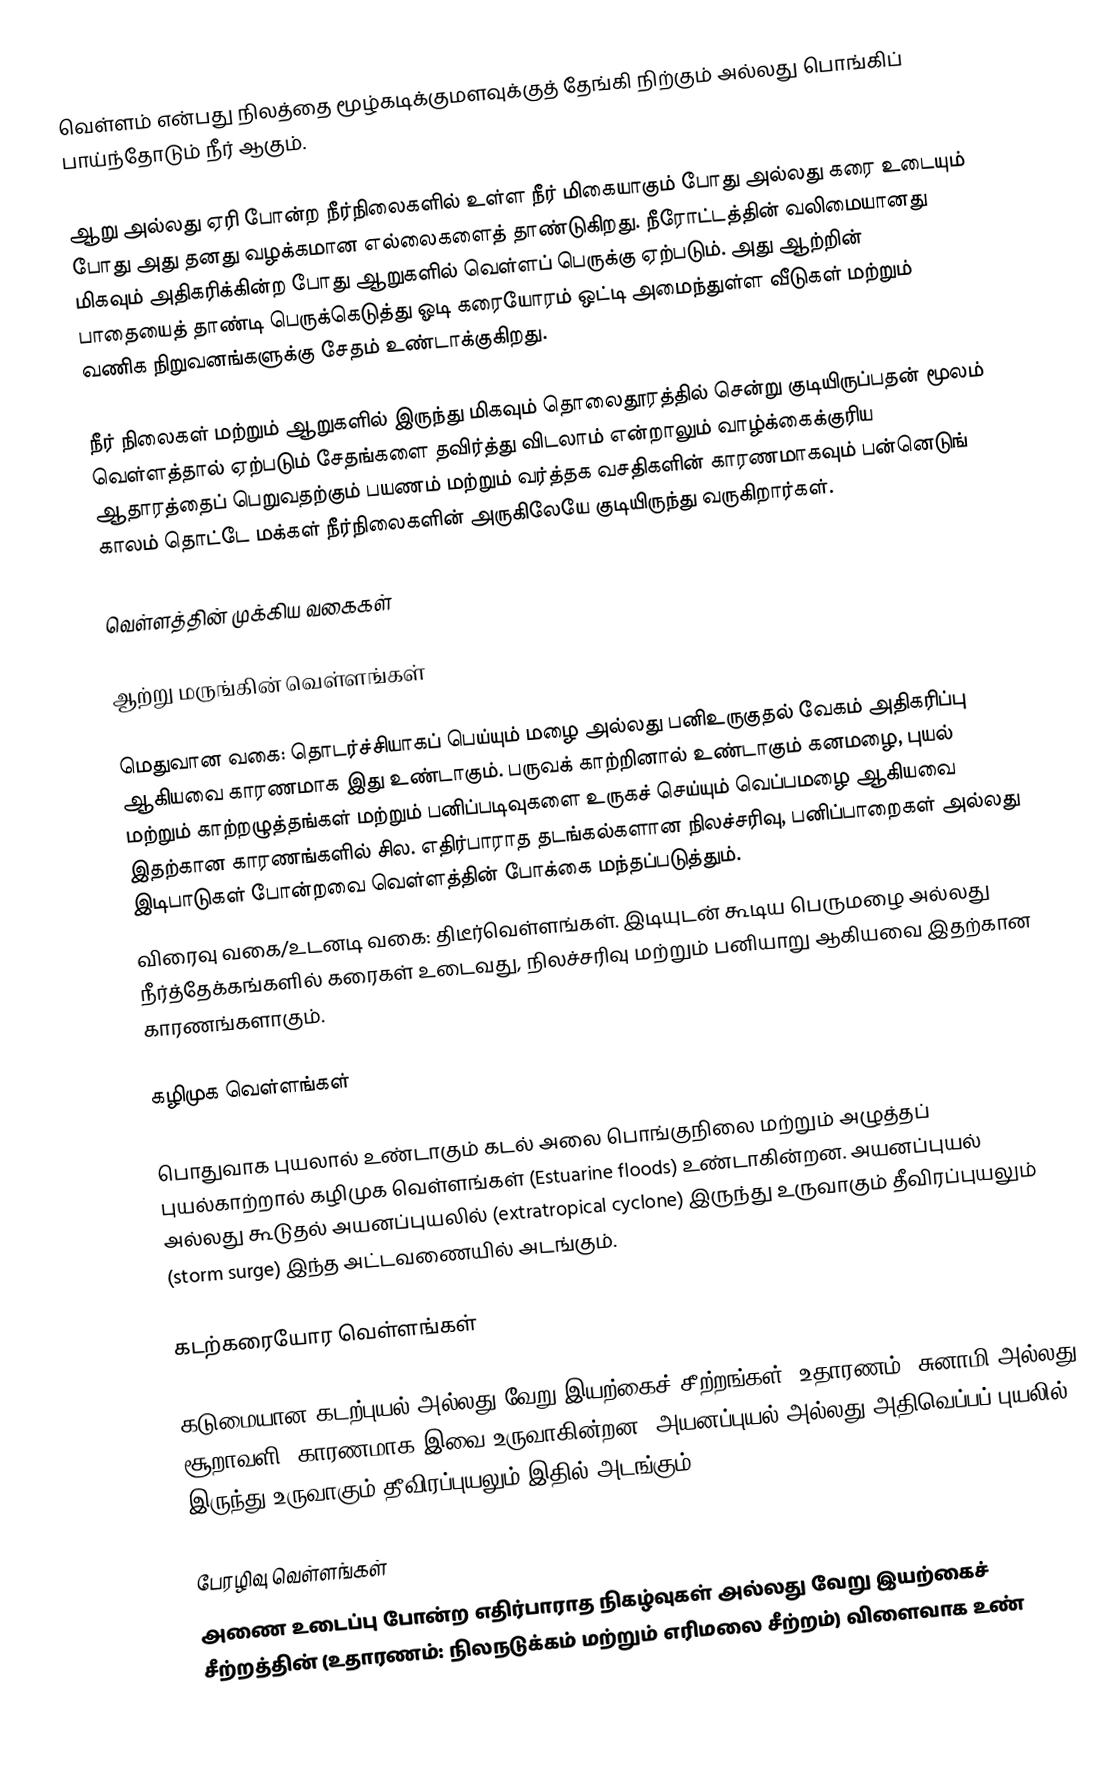
வெள்ளம் என்பது நிலத்தை மூழ்கடிக்குமளவுக்குத் தேங்கி நிற்கும் அல்லது பொங்கிப் பாய்ந்தோடும் நீர் ஆகும்.

ஆறு அல்லது ஏரி போன்ற நீர்நிலைகளில் உள்ள நீர் மிகையாகும் போது அல்லது கரை உடையும் போது அது தனது வழக்கமான எல்லைகளைத் தாண்டுகிறது. நீரோட்டத்தின் வலிமையானது மிகவும் அதிகரிக்கின்ற போது ஆறுகளில் வெள்ளப் பெருக்கு ஏற்படும். அது ஆற்றின் பாதையைத் தாண்டி பெருக்கெடுத்து ஓடி கரையோரம் ஒட்டி அமைந்துள்ள வீடுகள் மற்றும் வணிக நிறுவனங்களுக்கு சேதம் உண்டாக்குகிறது.

நீர் நிலைகள் மற்றும் ஆறுகளில் இருந்து மிகவும் தொலைதூரத்தில் சென்று குடியிருப்பதன் மூலம் வெள்ளத்தால் ஏற்படும் சேதங்களை தவிர்த்து விடலாம் என்றாலும் வாழ்க்கைக்குரிய ஆதாரத்தைப் பெறுவதற்கும் பயணம் மற்றும் வர்த்தக வசதிகளின் காரணமாகவும் பன்னெடுங் காலம் தொட்டே மக்கள் நீர்நிலைகளின் அருகிலேயே குடியிருந்து வருகிறார்கள்.

வெள்ளத்தின் முக்கிய வகைகள்

ஆற்று மருங்கின் வெள்ளங்கள்

 மெதுவான வகை: தொடர்ச்சியாகப் பெய்யும் மழை அல்லது பனிஉருகுதல் வேகம் அதிகரிப்பு ஆகியவை காரணமாக இது உண்டாகும். பருவக் காற்றினால் உண்டாகும் கனமழை, புயல் மற்றும் காற்றழுத்தங்கள் மற்றும் பனிப்படிவுகளை உருகச் செய்யும் வெப்பமழை ஆகியவை இதற்கான காரணங்களில் சில. எதிர்பாராத தடங்கல்களான நிலச்சரிவு, பனிப்பாறைகள் அல்லது இடிபாடுகள் போன்றவை வெள்ளத்தின் போக்கை மந்தப்படுத்தும்.
 விரைவு வகை/உடனடி வகை: திடீர்வெள்ளங்கள். இடியுடன் கூடிய பெருமழை அல்லது நீர்த்தேக்கங்களில் கரைகள் உடைவது, நிலச்சரிவு மற்றும் பனியாறு ஆகியவை இதற்கான காரணங்களாகும்.

கழிமுக வெள்ளங்கள்

பொதுவாக புயலால் உண்டாகும் கடல் அலை பொங்குநிலை மற்றும் அழுத்தப் புயல்காற்றால் கழிமுக வெள்ளங்கள் (Estuarine floods) உண்டாகின்றன. அயனப்புயல் அல்லது கூடுதல் அயனப்புயலில் (extratropical cyclone) இருந்து உருவாகும் தீவிரப்புயலும் (storm surge) இந்த அட்டவணையில் அடங்கும்.

கடற்கரையோர வெள்ளங்கள்

கடுமையான கடற்புயல் அல்லது வேறு இயற்கைச் சீற்றங்கள் (உதாரணம்: சுனாமி அல்லது சூறாவளி) காரணமாக இவை உருவாகின்றன. அயனப்புயல் அல்லது அதிவெப்பப் புயலில் இருந்து உருவாகும் தீவிரப்புயலும் இதில் அடங்கும்.

பேரழிவு வெள்ளங்கள்
அணை உடைப்பு போன்ற எதிர்பாராத நிகழ்வுகள் அல்லது வேறு இயற்கைச் சீற்றத்தின் (உதாரணம்: நிலநடுக்கம் மற்றும் எரிமலை சீற்றம்) விளைவாக உண்